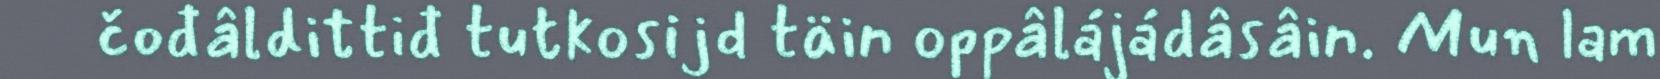
čođâldittiđ tutkosijd täin oppâlájádâsâin. Mun lam